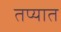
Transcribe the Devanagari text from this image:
तप्यात